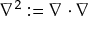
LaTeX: \nabla ^ { 2 } : = \nabla \cdot \nabla